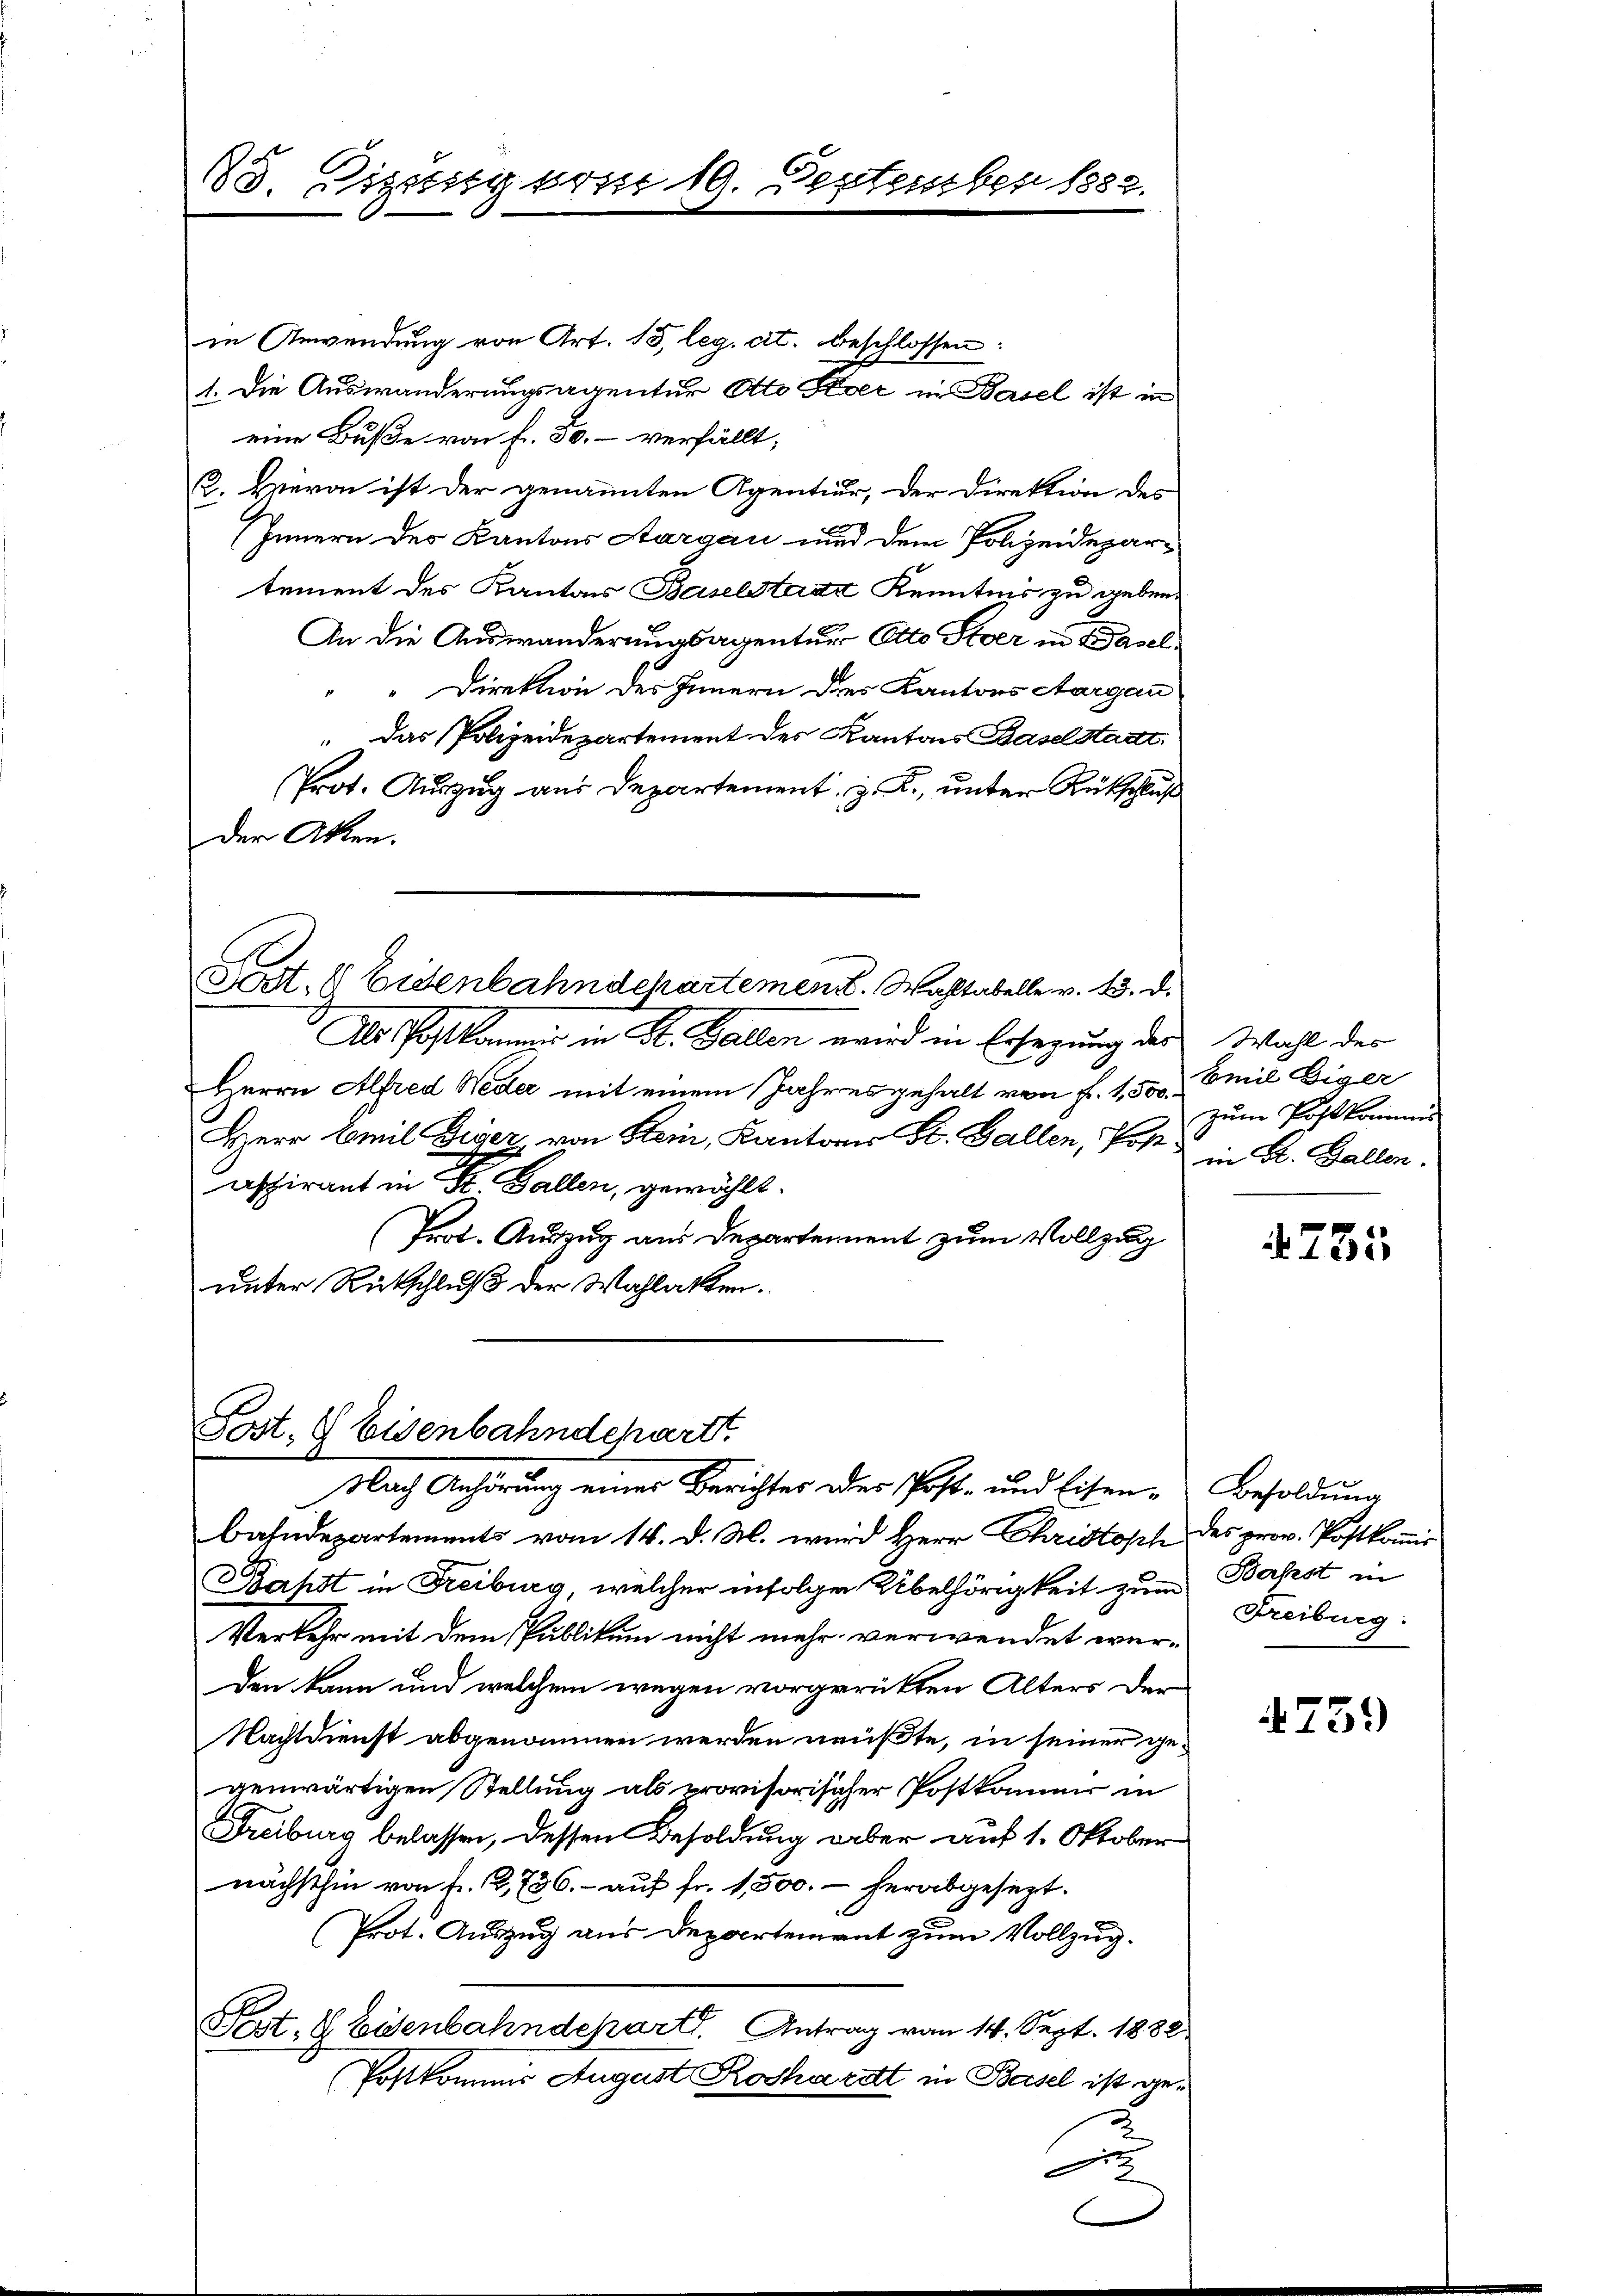
183. Sitzung vom 19. September 1852.

Post. 8 Eisenbahndepart

in Anwendung von Art. 13, leg. cit. beschlossen:
1. Die Auswanderungsagentur Otto Siver in Basel ist in
eine Buße von f. 50.- verfällt;
C. Hievon ist der genannten Agentiur, der Direktion des
e
(Innern des Kantons Aargau und dem Polizeidepartement des Kantons Baselstanz Kenntnis zu geben
An die Auswanderungsagentur Otto Slver in Basel
" Direktion des Innern dies Kantons Aargau
 Das Polizeidepartement des Kantons Baselstadt
Prot. Auszug aus Departement, z. R., unter Rütschluß
Der Akten.
d. 8 Eidenbahndepartement. Wahltabelle v. 13. d.
Als Postkammer in St. Gallen wird in Ersezung des Wahl der
Herrn Alfred Weder mit einem Jahresgehalt von f. 1,500. Emil Eiger
Herr Emil Giger von Stein, Kantones St. Gallen, Post de in R. Gallen.
aspirant in St. Gallen, gewählt.
(Prot. Auszug aus Departement zum Vollzug
unter Rückschluß der Wahlakten.

Nach Anhörung einer Berichtes oder Post- und Eisen- Besoldung
Bahndepartements vom 14. d. M. wird Herr Christosch des prov. Postkommis
Bahst in Freiburg, welcher infolgen Übelhörigkeit zum Bahrst
Verkehr mit dem Publikum nicht mehr verwendet werden kann und welchem wegen vorgerükten Alters der
Nachtdienst abgenommen werden müßte, in seiner gegenwärtigen Stellung als provisorisicher Postkommer in
Freiburg belassen, dessen Besoldung aber auf 1. Oktober
nächsthin von fr. 2, 736. aŭf fr. 1,500. - herabgesezt.
Prot. Auszug aus Departement zum Vollzug.
Fest. G. Eisenbahndepartl. Antrag vom 14. Sept. 1882
Postkommis August Rothardt in Basel ist gede

zum Postkommis

4755

Freiburg:

4739